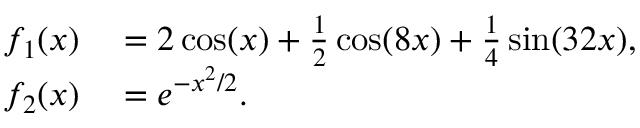
\begin{array} { r l } { f _ { 1 } ( x ) } & { { } = 2 \cos ( x ) + \frac { 1 } { 2 } \cos ( 8 x ) + \frac { 1 } { 4 } \sin ( 3 2 x ) , } \\ { f _ { 2 } ( x ) } & { { } = e ^ { - x ^ { 2 } / 2 } . } \end{array}